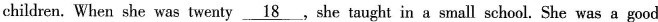
children. When she was twenty \underline{18} ,she taught in a small school. She was a good